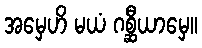
အမှေဟိ မယံ ဂစ္ဆီယာမှေ။